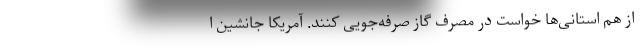
از هم استانی‌ها خواست در مصرف گاز صرفه‌جویی کنند. آمریکا جانشین ا